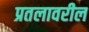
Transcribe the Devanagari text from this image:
प्रतलावरील